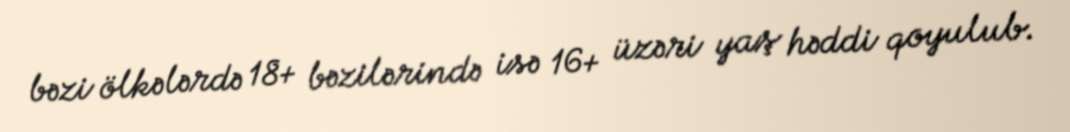
bəzi ölkələrdə 18+ bəzilərində isə 16+ üzəri yaş həddi qoyulub.